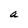
Character: a